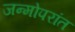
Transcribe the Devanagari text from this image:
जन्मोपरांत